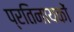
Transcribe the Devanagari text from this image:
प्रतिनायकों